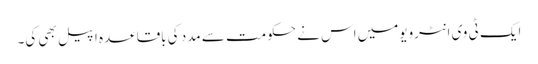
ایک ٹی وی انٹرویومیں اس نے حکومت سے مدد کی باقاعدہ اپیل بھی کی۔